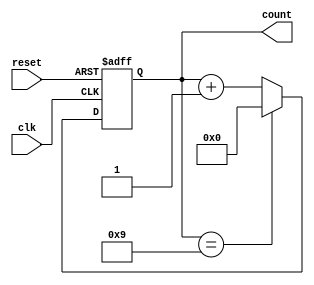
module BCD_Counter (
    input wire clk,        // Clock signal
    input wire reset,      // Asynchronous reset signal
    output reg [3:0] count // 4-bit output for BCD count
);

// Always block triggered on the rising edge of the clock or the reset signal
always @(posedge clk or posedge reset) begin
    if (reset) begin
        count <= 4'b0000; // Reset the counter to 0
    end else begin
        if (count == 4'b1001) begin
            count <= 4'b0000; // Reset to 0 if count reaches 9
        end else begin
            count <= count + 1; // Increment the counter
        end
    end
end

endmodule